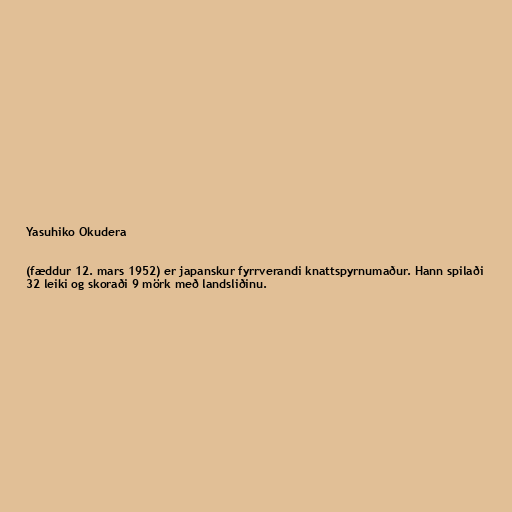
Yasuhiko Okudera

(fæddur 12. mars 1952) er japanskur fyrrverandi knattspyrnumaður. Hann spilaði
32 leiki og skoraði 9 mörk með landsliðinu.